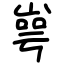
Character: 㟧